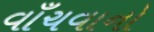
વાઁચવાનો